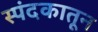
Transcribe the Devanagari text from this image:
स्पंदकातून